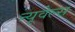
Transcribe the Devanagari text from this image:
न्यूवेल्स